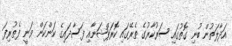
އަދާލަތުން ބުނި ގޮތުގައި ސަރުކާރުގެ ތެރޭގައި ކޮރަޕްޝަނާއި ފަސާދައިގެ ކަންކަން ވަނީ ފެތުރިފަ